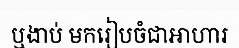
ឬងាប់ មករៀបចំជាអាហារ